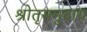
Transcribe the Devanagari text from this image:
श्रोतृसमुदाय